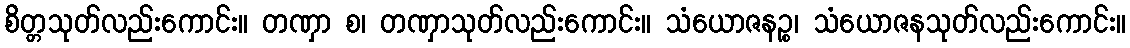
စိတ္တသုတ်လည်းကောင်း။ တဏှာ စ၊ တဏှာသုတ်လည်းကောင်း။ သံယောဇနဉ္စ၊ သံယောဇနသုတ်လည်းကောင်း။